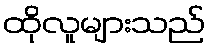
ထိုလူများသည်